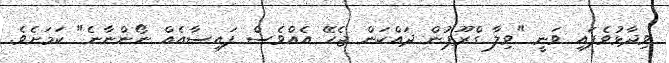
ވިދާޅުވެފައި ވަނީ "ވިލާ ގްރޫޕުން ދައްކަން ޖެހޭ އެއްވެސް ފައިސާއެއް ނޯންނާނެ" ކަމަށެވެ.